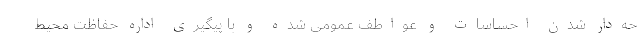
حه‌دار شدن احساسات و عواطف عمومی شده و با پیگیری اداره حفاظت محیط